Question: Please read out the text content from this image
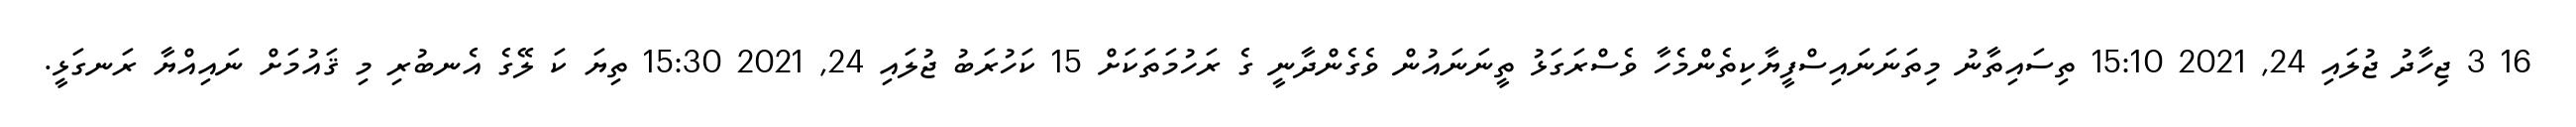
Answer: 16 3 ޖިހާދު ޖުލައި 24, 2021 15:10 ތިސައިތާނު މިތަނަނައިސްފީޔާކިތެންމެހާ ވެސްރަގަޅު ތީނަނައުން ވެގެންދާނީ ގެ ރަހުމަތަކަށް 15 ކަހުރަބު ޖުލައި 24, 2021 15:30 ތިޔަ ކަ ލޭގެ އެނބުރި މި ޤައުމަށް ނައިއްޔާ ރަނގަޅީ.